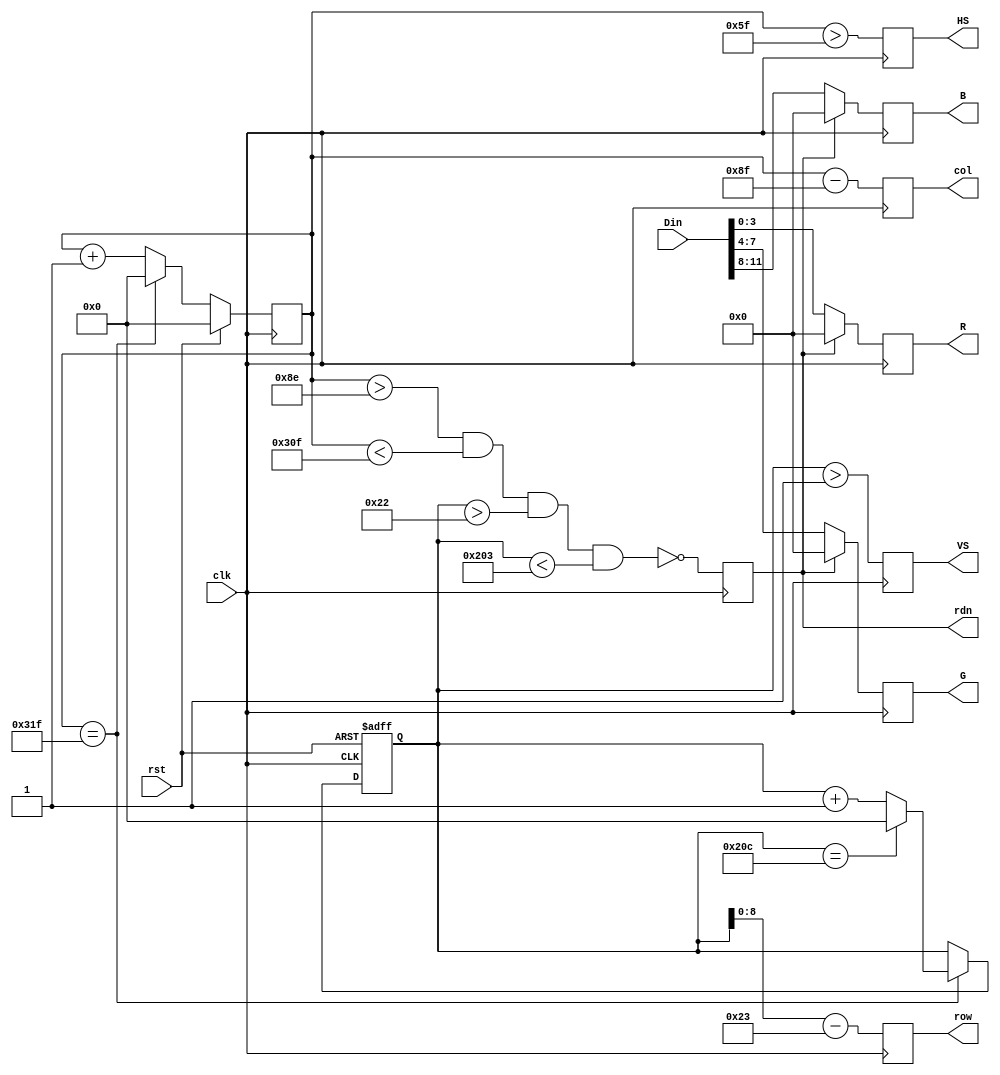
`timescale 1ns / 1ps
//////////////////////////////////////////////////////////////////////////////////
// Company: 
// Engineer: 
// 
// Design Name: 
// Module Name:    vga 
// Project Name: 
// Target Devices: 
// Tool versions: 
// Description: 
//
// Dependencies: 
//
// Revision: 
// Revision 0.01 - File Created
// Additional Comments: 
//
//////////////////////////////////////////////////////////////////////////////////
module vga(		input clk,				// vgh clk = 25Mhz
					input rst,
					input [11:0]Din,		// bbbb_gggg_rrrr, pixel
					output reg [8:0]row,	// pixel ram row address, 480 (512) lines
					output reg [9:0]col, // pixel ram col address, 640 (1024) pixels
					output reg rdn,
					output reg [3:0]R, G, B, 	// red, green, blue colors
					output reg HS, VS				// horizontal and vertical sychronization
    );
	 
	 // h_count : VGA horizaontal counter (0-799)
reg [9:0] h_count;// VGA horizontal (0-799) : pixels
	 always @ (posedge clk) begin					//
		if (rst) h_count <= 10'h0;
		else 	if		(h_count == 10'd799)
						h_count <= 10'h0;
				else	h_count <= h_count + 10'h1;
	end
	
// v_count: VGA vertical counter (0-524)
reg [9:0]	v_count; // VGA Vertical counter (0-524): lines
	always @ (posedge clk or posedge rst)begin		//
		if (rst) v_count <= 10'h0;
		else if	(h_count == 10'd799) begin
				if (v_count == 10'd524) v_count <= 10'h0;
				else v_count <= v_count + 10'h1;
		end
	end
	
	// signals, will be latched for outputs
	wire [9:0] row_addr = v_count - 10'd35;				// pixel ram row addr
	wire [9:0] col_addr = h_count - 10'd143;				// pixel ram col addr
	wire				h_sync = (h_count > 10'd95);			// 96 -> 799
	wire				v_sync = (v_count > 10'd1);			// 2 -> 524
	wire 				read = 	(h_count > 10'd142) 	&&			//	143 -> 782
									(h_count < 10'd783)	&&			// 640 pixels
									(v_count > 10'd34)	&&			// 35 -> 514
									(v_count < 10'd515);				// 480 lines
	
	// vga signals
	always @(posedge clk) begin
			row <= row_addr[8:0];		//pixel ram row address
			col <= col_addr;				//pixel ran col address
			rdn <= ~read;					//read pixel (active low)
			HS <= h_sync;					//horizontal synchronization
			VS <= v_sync;					//vertical synchronization
			R <= rdn ? 4'h0 : Din[3:0];	// 3-bit red
			G <= rdn ? 4'h0 : Din[7:4];	// 3-bit green
			B <= rdn ? 4'h0 : Din[11:8];	// 2-bit blue
		
		end
endmodule